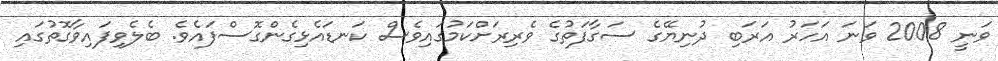
ވަނީ 2008 ވަނަ އަހަރު އަރަބި ދުނިޔޭގެ ސަގާފަތުގެ ވެރިރަށްކަމުގައިވެސް ކަނޑައެޅިގެންގޮސްފައެވެ. ބެލެވިފައިވާގޮތުގައި